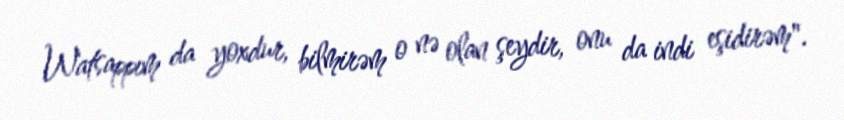
Watsappım da yoxdur, bilmirəm o nə olan şeydir, onu da indi eşidirəm".